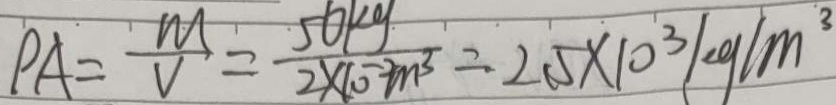
P A = \frac { m } { V } = \frac { 5 6 k g } { 2 \times 1 0 ^ { - 3 } m ^ { 3 } } = 2 . 5 \times 1 0 ^ { 3 } k g / m ^ { 3 }